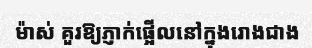
ម៉ាស់ គួរឱ្យភ្ញាក់ផ្អើលនៅក្នុងរោងជាង